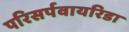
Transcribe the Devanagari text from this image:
परिसर्पवायरिडा